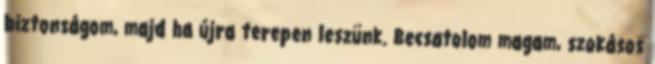
biztonságom, majd ha újra terepen leszünk. Becsatolom magam, szokásos